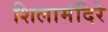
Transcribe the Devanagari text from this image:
शिलामंदिरे